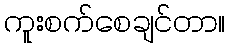
ကူးစက်စေချင်တာ။